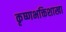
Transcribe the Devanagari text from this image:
कृष्णभक्तिशाखा